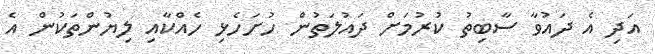
އަދި އެ ދައުވާ ސާބިތު ކުރުމަށް ދައުލަތުން ހުށަހެޅި ހެއްކާއި ލިޔުންތަކުން އެ